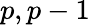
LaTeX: p,p-1